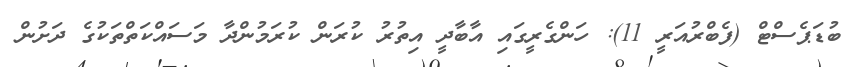
ބުޑަޕެސްޓް (ފެބްރުއަރީ 11): ހަންގެރީގައި އާބާދީ އިތުރު ކުރަން ކުރަމުންދާ މަސައްކަތްތަކުގެ ދަށުން